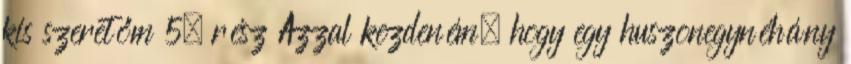
kis szeretőm 5. rész Azzal kezdeném, hogy egy huszonegynéhány